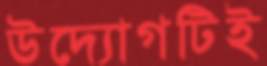
উদ্যোগটিই